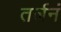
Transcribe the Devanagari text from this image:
तर्जनं